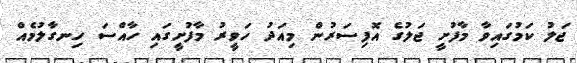
ޖަލު ކަމުގައިވާ މާފުށީ ޖަލުގެ އޮފިސަރުން މިއަދު ހަވީރު މާފުށީގައި ހާއްސަ ހިނގާލުމެއް